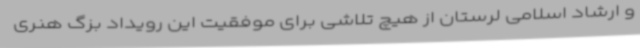
و ارشاد اسلامی لرستان از هیچ تلاشی برای موفقیت این رویداد بزگ هنری